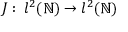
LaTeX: J : \, l ^ { 2 } ( \mathbb { N } ) \to l ^ { 2 } ( \mathbb { N } )